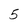
Character: 5